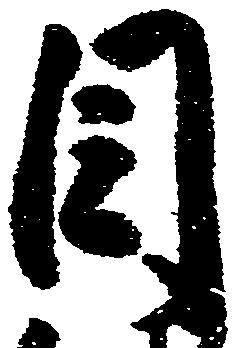
目